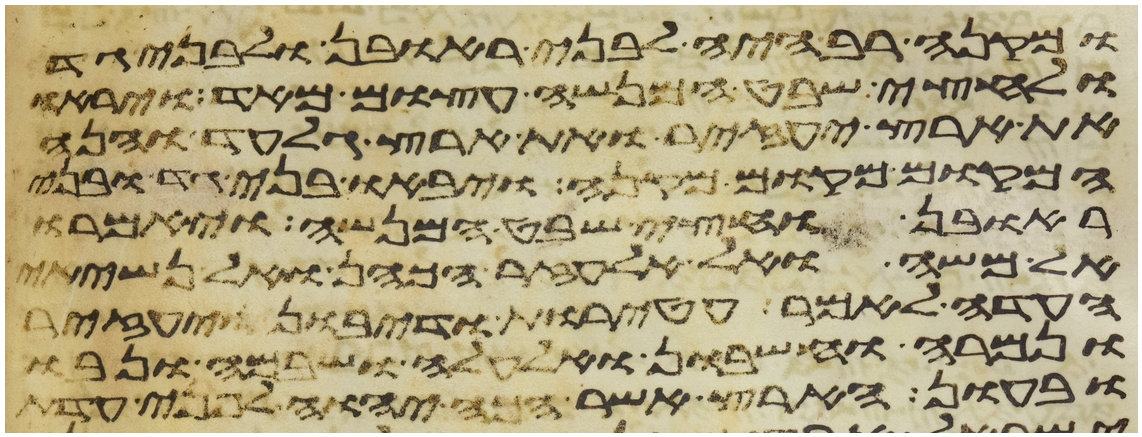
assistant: ומקנה רב היה לבני ראובן ולבני גד
ולחצי שבט המנשה עצום מאד ויראו
את ארץ יעזיר ואת ארץ גלעד והנה
המקום מקום מקנה ויבאו בני גד ובני
ראובן וחצי שבט המנשה ויאמרו
אל משה ואל אלעזר הכהן ואל נשיאי
העדה לאמר עטרות ודיבון ויעזיר
ונמרה וחשבון ואלעלה ושבם ונבו
ובעון הארץ אשר הכה יהוה לפני עדת